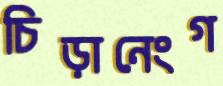
চিড়ানেংগ